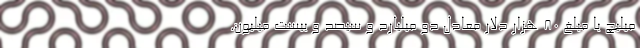
میلیچ با مبلغ 80 هزار دلار معادل دو میلیارد و سیصد و بیست میلیون.